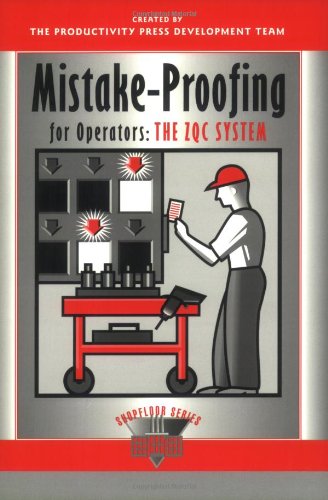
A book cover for Mistake-Proofing for Operators Learning Package: Mistake-Proofing for Operators: The ZQC System (The Shopfloor Series); Productivity Press Development Team; Business & Money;